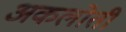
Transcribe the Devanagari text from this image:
अकलोती